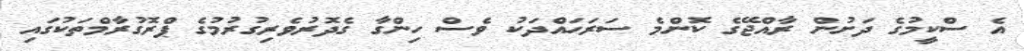
އެ ސްކީމުގެ ދަށުން ރާއްޖޭގެ ކޮންމެ ސަރަހައްދަކު ވެސް ހިންގާ ގެދޮރުވެރިގުރުމުގެ ޕްރޮގުރާމްތަކުގައި